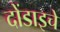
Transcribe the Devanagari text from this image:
दोंडाइचे